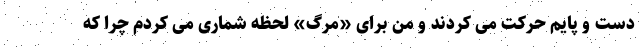
دست و پایم حرکت می کردند و من برای «مرگ» لحظه شماری می کردم چرا که